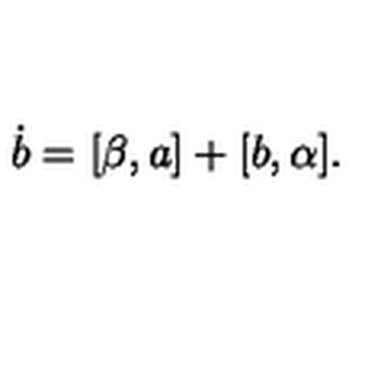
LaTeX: \dot { b } = [ \beta , a ] + [ b , \alpha ] .